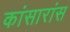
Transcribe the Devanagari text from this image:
कांसारांस